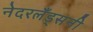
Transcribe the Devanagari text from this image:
नेदरलँड्सनी